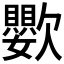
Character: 𣤵